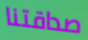
صداقتنا